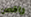
راقص